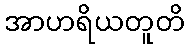
အာဟရိယတူတိ